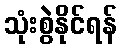
သုံးစွဲနိုင်ရန်